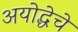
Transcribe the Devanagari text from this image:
अयोद्धेचे